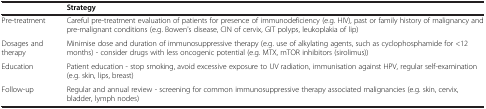
<table><thead><tr><td><b> </b></td><td><b>Strategy</b></td></tr></thead><tbody><tr><td>Pre-treatment</td><td>Careful pre-treatment evaluation of patients for presence of immunodeficiency (e.g. HIV), past or family history of malignancy and pre-malignant conditions (e.g. Bowen&#x27;s disease, CIN of cervix, GIT polyps, leukoplakia of lip)</td></tr><tr><td>Dosages and therapy</td><td>Minimise dose and duration of immunosuppressive therapy (e.g. use of alkylating agents, such as cyclophosphamide for &lt;12 months) - consider drugs with less oncogenic potential (e.g. MTX, mTOR inhibitors (sirolimus))</td></tr><tr><td>Education</td><td>Patient education - stop smoking, avoid excessive exposure to UV radiation, immunisation against HPV, regular self-examination (e.g. skin, lips, breast)</td></tr><tr><td>Follow-up</td><td>Regular and annual review - screening for common immunosuppressive therapy associated malignancies (e.g. skin, cervix, bladder, lymph nodes)</td></tr></tbody></table>